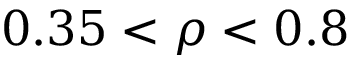
0 . 3 5 < \rho < 0 . 8